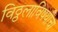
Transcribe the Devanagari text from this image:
विठ्ठलाविषयीचा